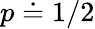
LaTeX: p\doteq 1/2